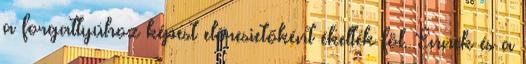
a forgattyúhoz képest előresietőként ékelték föl. Ennek és a